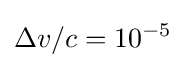
\Delta v/c=10^{-5}